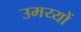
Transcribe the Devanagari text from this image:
उमय्यों